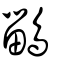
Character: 鶅